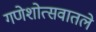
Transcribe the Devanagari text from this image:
गणेशोत्सवातले